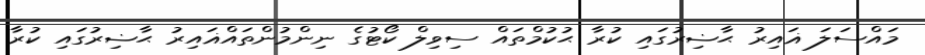
މައްސަލަ ޣައިރު ޙާޟިރުގައި ކުރާ ޙުކުމްތައް ސިވިލް ކޯޓުގެ ނިންމުންތައްޣައިރު ޙާޟިރުގައި ކުރާ